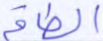
الطاقة